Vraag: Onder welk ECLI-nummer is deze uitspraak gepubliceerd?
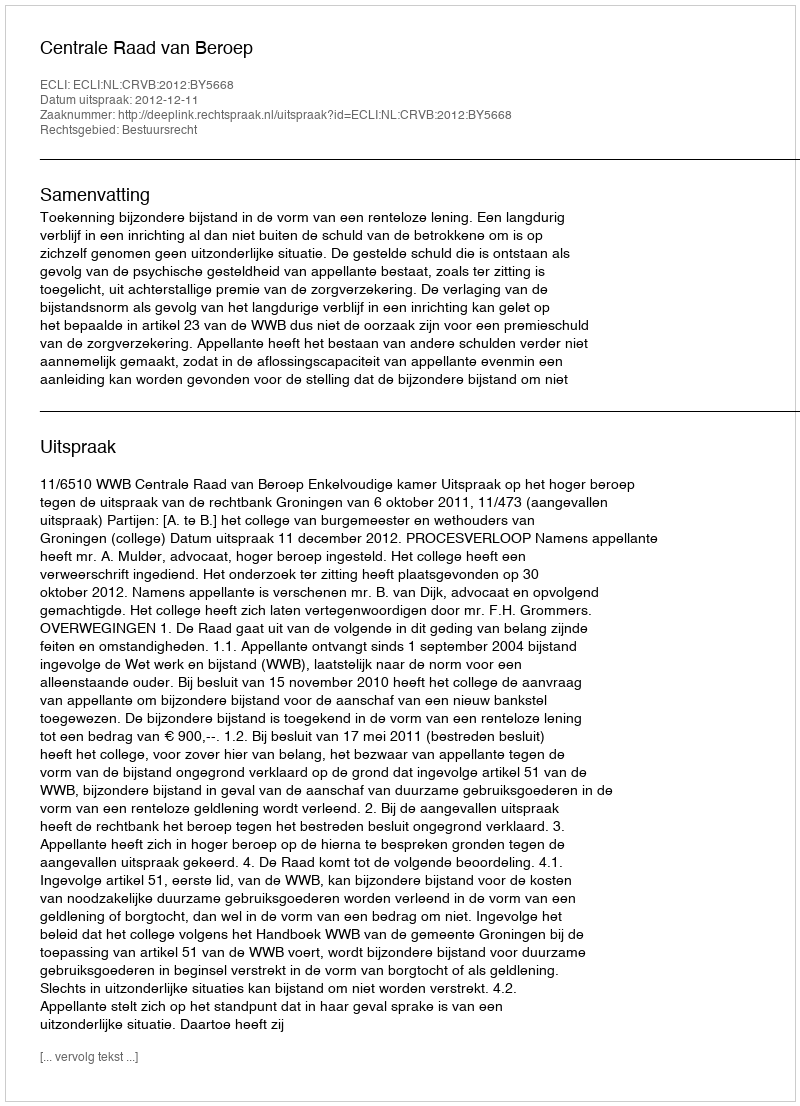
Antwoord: ECLI:NL:CRVB:2012:BY5668